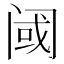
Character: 阈